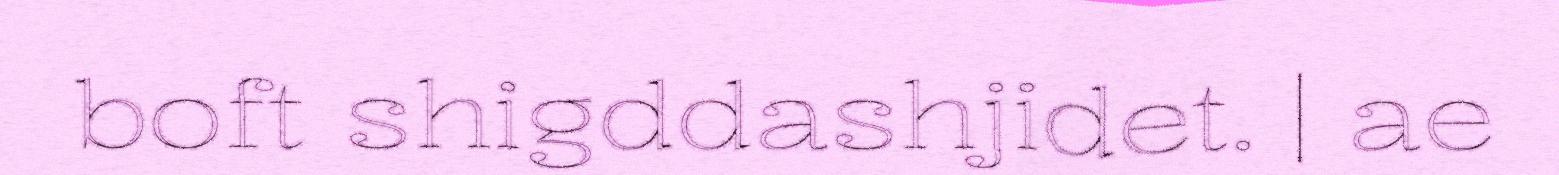
boft shigddashjidet. | ae